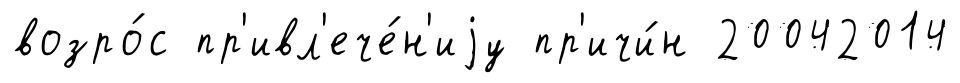
возро́с пр'ивл'ече́н'иjу пр'ичи́н 20042014